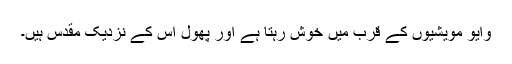
وایو مویشیوں کے قرب میں خوش رہتا ہے اور پھول اس کے نزدیک مقدس ہیں۔